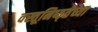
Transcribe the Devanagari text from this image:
वस्तूनिष्ठ्तेच्या